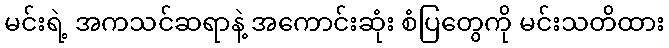
မင်းရဲ့ အကသင်ဆရာနဲ့ အကောင်းဆုံး စံပြတွေကို မင်းသတိထား